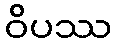
ဝိပဿ